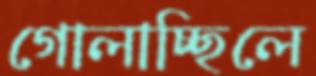
গোলাচ্ছিলে